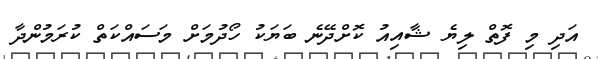
އަދި މި ފޮތް ލިޔެ ޝާއިއު ކޮށްދޭނެ ބަޔަކު ހޯދުމަށް މަސައްކަތް ކުރަމުންދާ